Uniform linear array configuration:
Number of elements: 16
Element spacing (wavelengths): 0.75
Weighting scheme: binomial
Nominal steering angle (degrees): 60
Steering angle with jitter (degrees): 58.469
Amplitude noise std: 0.05
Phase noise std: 0.05

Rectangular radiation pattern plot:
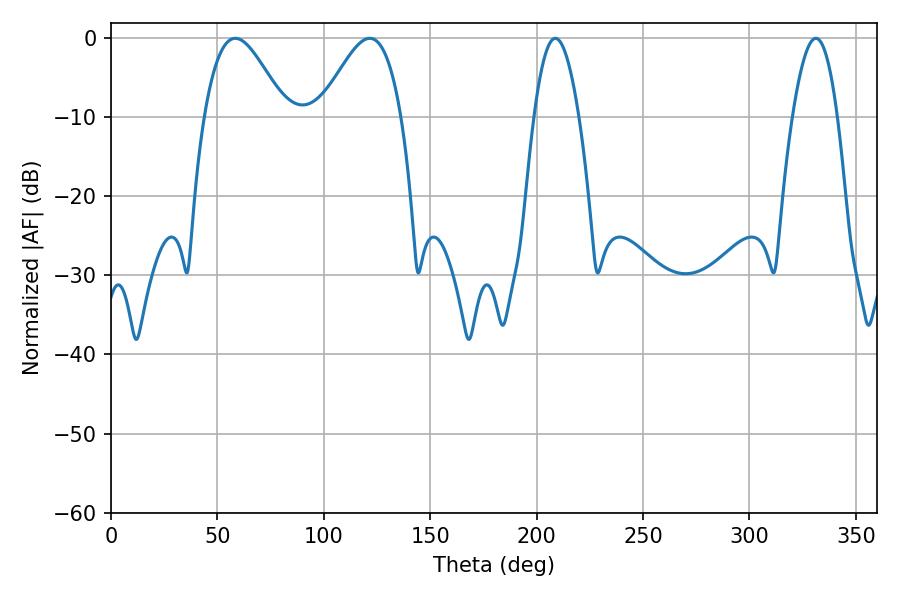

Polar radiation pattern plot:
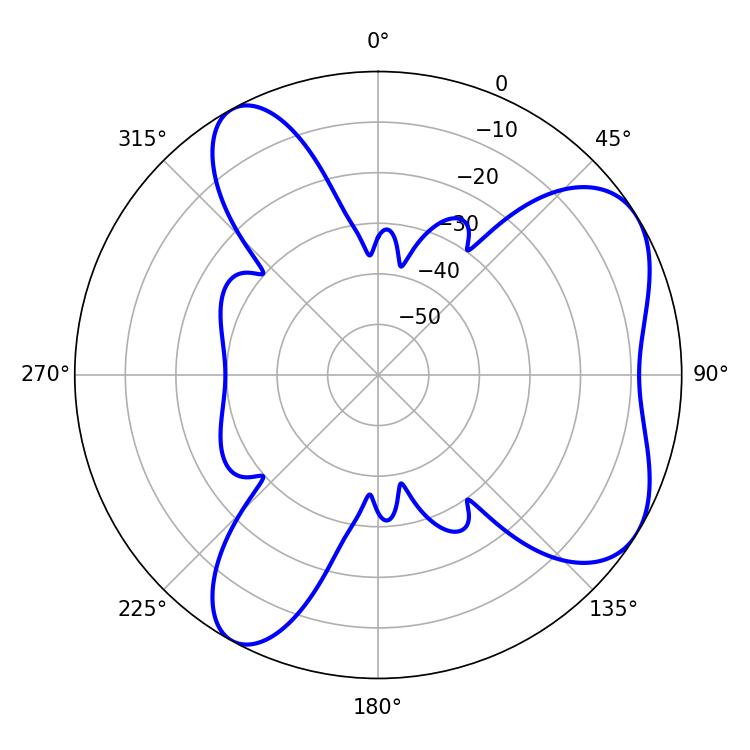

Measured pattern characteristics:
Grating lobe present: TRUE
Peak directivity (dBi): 6.069
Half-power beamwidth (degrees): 11.52
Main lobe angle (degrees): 208.8